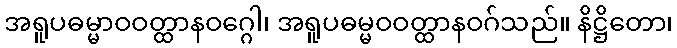
အရူပဓမ္မာဝဝတ္ထာနဝဂ္ဂေါ၊ အရူပဓမ္မဝဝတ္ထာနဝဂ်သည်။ နိဋ္ဌိတော၊